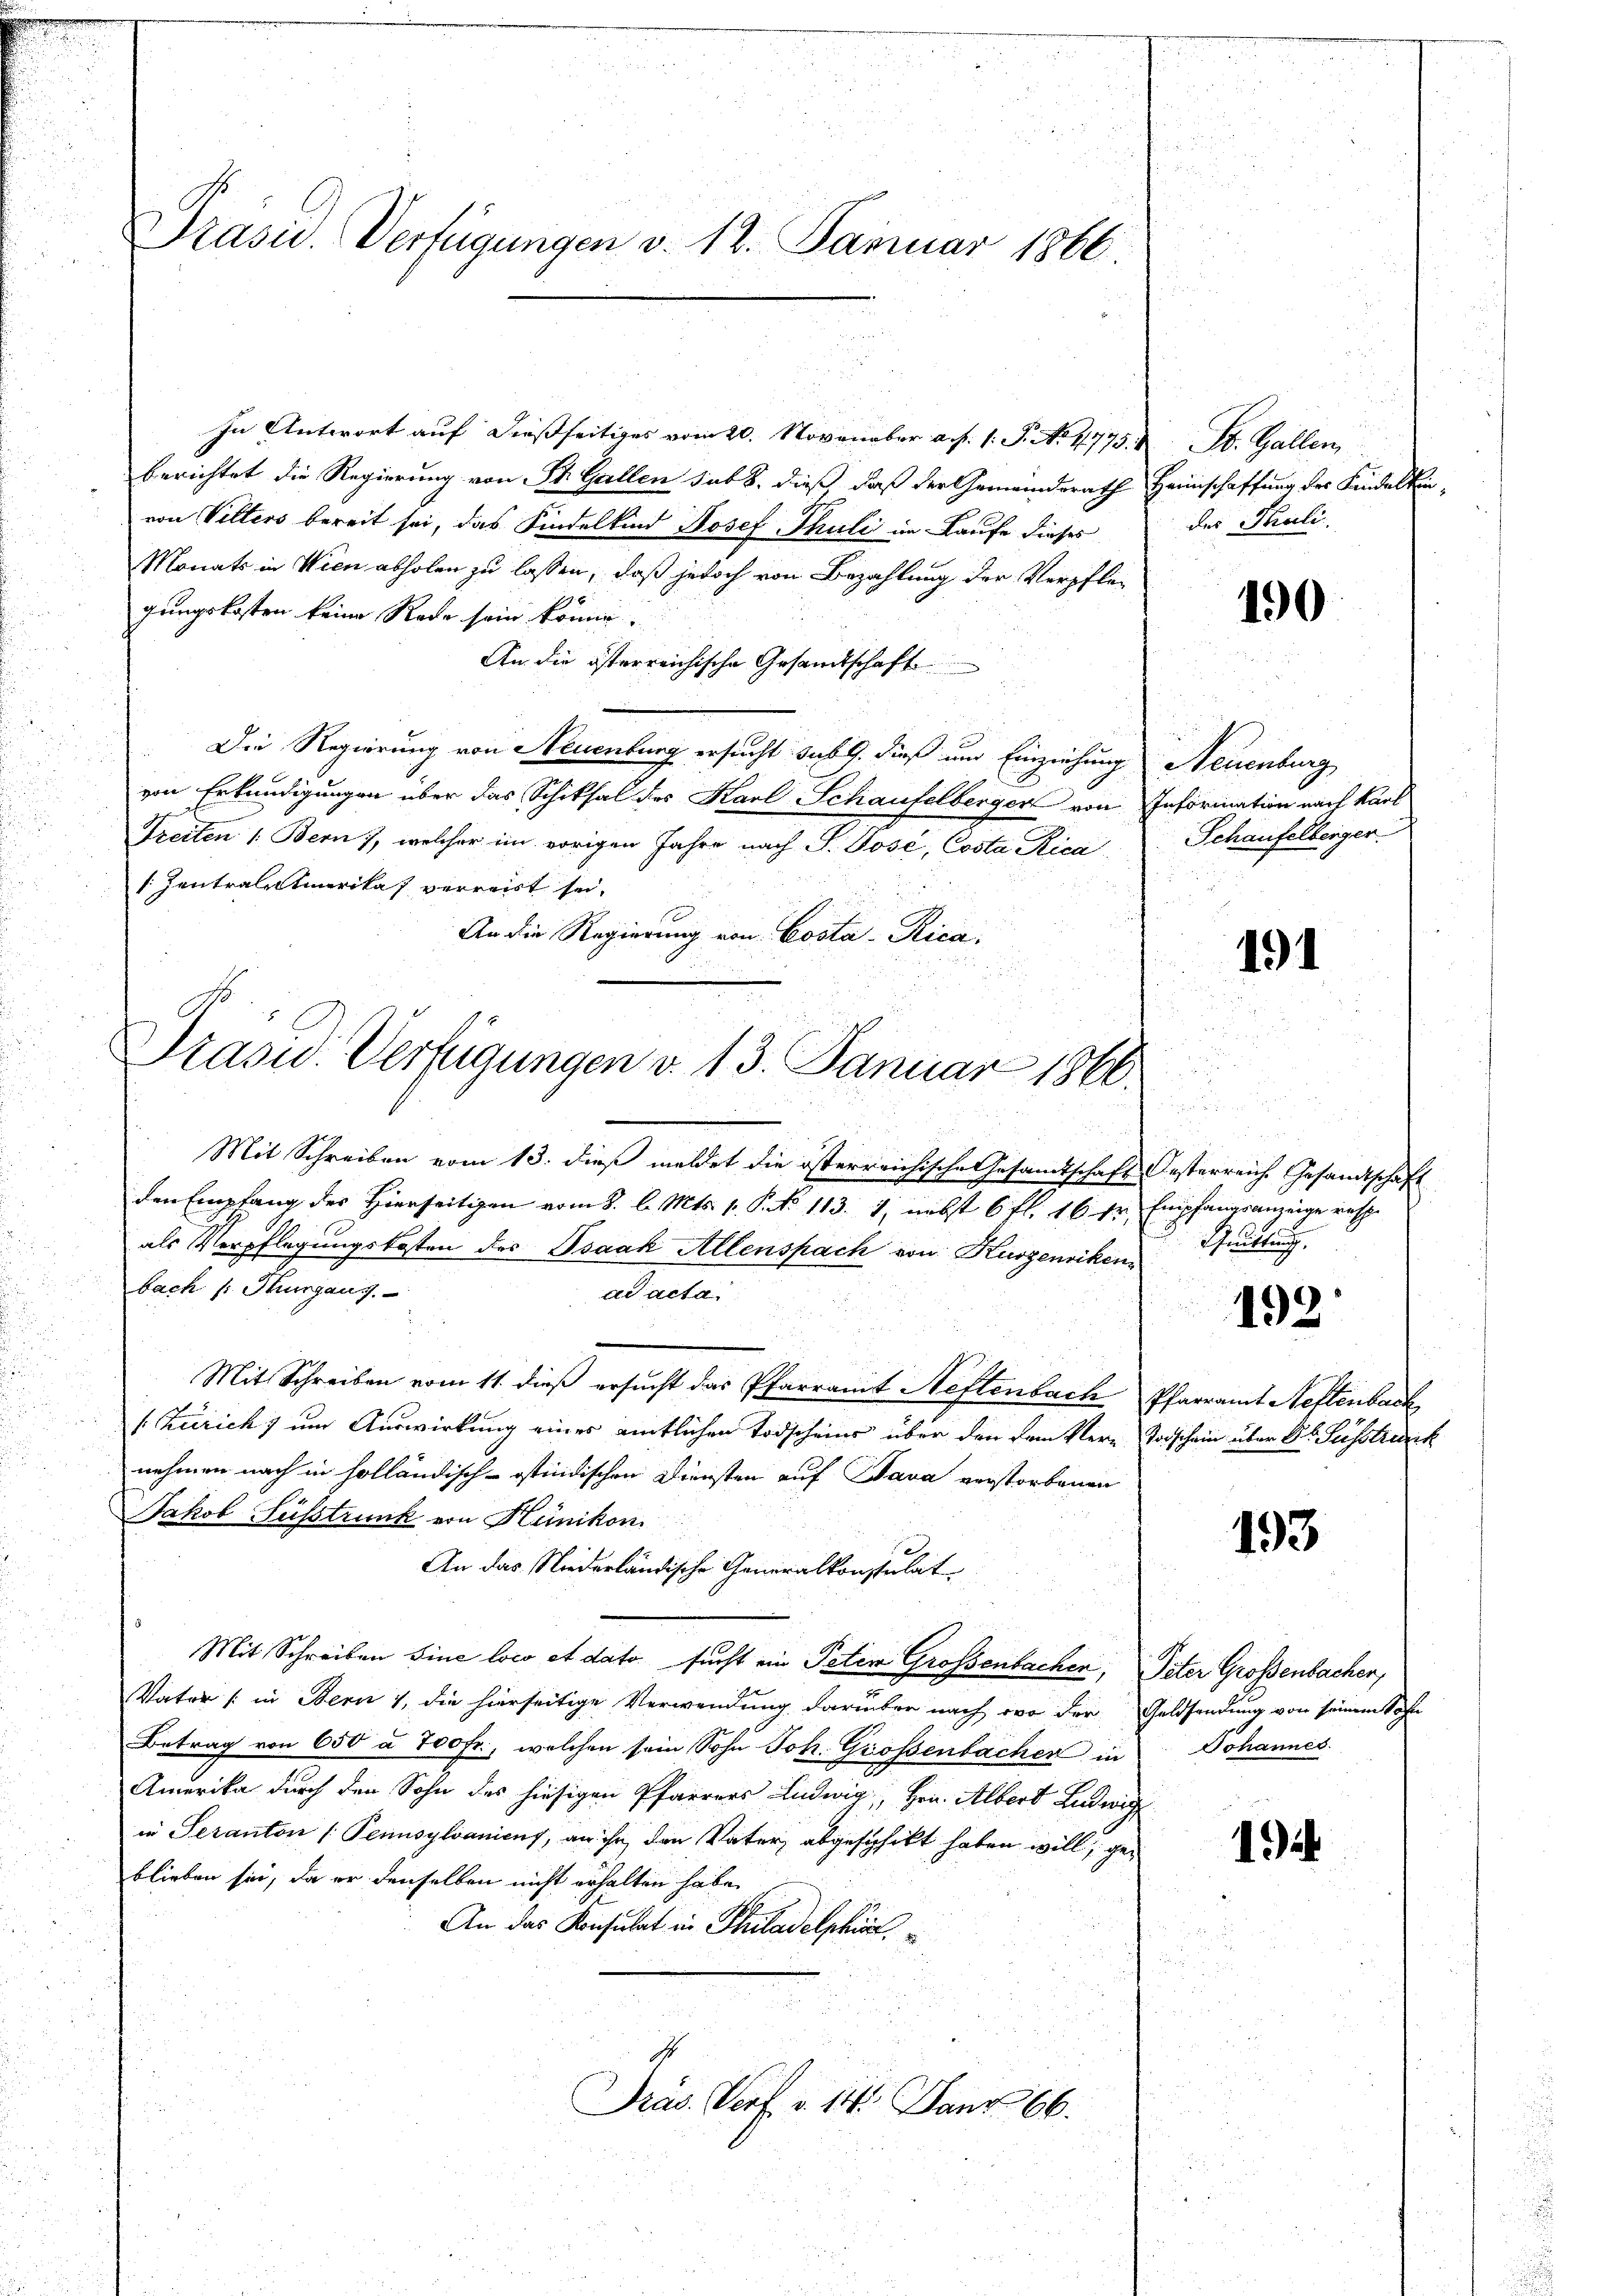
In Antwort auf dießseitiges vom 20. November a. f. 1. P. Nr. 4775. d. St. Gallen,
berichtet die Regierung von St. Gallen sub 8. dieß daß der Gemeindsrath Heimschaffung des Kindelkin-
von Villers bereit sei, das Kindelkind Josef Thuli im Laufe dieses
Monats in Wien abholen zu lassen, daß jedoch von Bezahlung der Verpflegungskosten keine Rede sein könne.
An die österreichische Gesandtschaft
Die Regierung von Neuenburg ersucht sub 9. dieß um Einziehung Neuenburg
von Erkundigungen über das Schiksal des Karl Schaufelberger von Information nach kant
Freiten 1. Bern, welcher im vorigen Jahre nach P. Jose, Costa Rica Schaufelberger
[Zentralamerika verreist sei.
2
An die Regierung von Costa-Rica,
i
.

Präsid. Verfügungen v. 12. Januar 1866.

Präsid.. Verfügungen v. 13. Januar 1866.

Mit Schreiben vom 13. dieß meldet die österreichische Gesandtschaft Oesterreich. Gesandtschaft
den Empfang des Hierseitigen vom 8. l. Mts. 1. P. No 113. 1., nebst 6 fl. 16 fr Empfangsanzeige resp.
als Verpflegungskosten des Isaak Allenspach von Kurzensiken
bach s. Thurgang.
ad acta
u
Mit Schreiben vom 11. dieß ersucht das Pfarramt Neftenbach Pfarramt Neftenbach
 Zürich) um Auswirkung eines amtlichen Todscheins über den dem kern Todschein über Dr. Fusstrarch
nehmen nach in holländisch-ostindischen Diensten auf Sava verstorbenen
Jakob Susstrunk von Hünikon.
An das Niederländische Generalkonsulat
Mit Schreiben sine loco et dato sucht ein Peten Grossenbachen, Peter Großenbachen,
Vater (: in Bern 1, die hierseitige Verwendung darüber nach wo der Geldsendung von seinem Sohn
Betrag von 650 à 700 fr., welchen sein Sohn Joh. Großenbachen in
Amerika durch den Sohn des hiesigen Pfarrers Ludwig, Hrn. Albert Ludwig
in Seranton (Pennsylvanicus, an ihr den Vater, abgeschikt haben will, geblieben sei, da er denselben nicht erhalten habe.
An das Konsulat in Philadelphirt
Präs. Vorf. v. 14. Janr 66.

des Pauli.

190

191

3. Quittung.

193

193

Johannes.

12